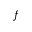
f